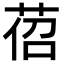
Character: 𦯐